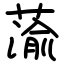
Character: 蕍